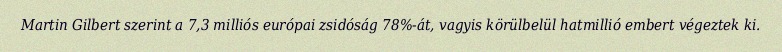
Martin Gilbert szerint a 7,3 milliós európai zsidóság 78%-át, vagyis körülbelül hatmillió embert végeztek ki.